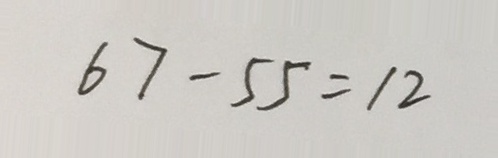
6 7 - 5 5 = 1 2